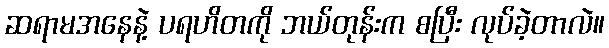
ဆရာမအနေနဲ့ ပရဟိတကို ဘယ်တုန်းက စပြီး လုပ်ခဲ့တာလဲ။